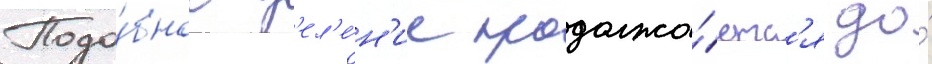
Подо́бное д'ел'е́н'ие продолжа́етс'я до́